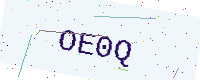
Text: OE0Q